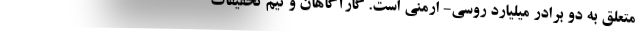
متعلق به دو برادر میلیارد روسی- ارمنی است. گارآگاهان و تیم تحقیقات